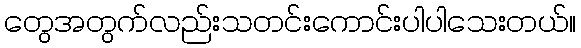
တွေအတွက်လည်းသတင်းကောင်းပါပါသေးတယ်။